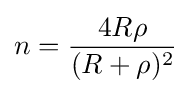
n={\frac {4R\rho }{(R+\rho )^{2}}}